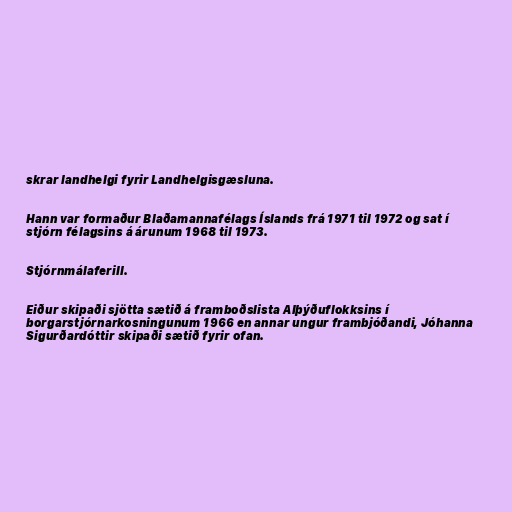
skrar landhelgi fyrir Landhelgisgæsluna.

Hann var formaður Blaðamannafélags Íslands frá 1971 til 1972 og sat í
stjórn félagsins á árunum 1968 til 1973.

Stjórnmálaferill.

Eiður skipaði sjötta sætið á framboðslista Alþýðuflokksins í
borgarstjórnarkosningunum 1966 en annar ungur frambjóðandi, Jóhanna
Sigurðardóttir skipaði sætið fyrir ofan.